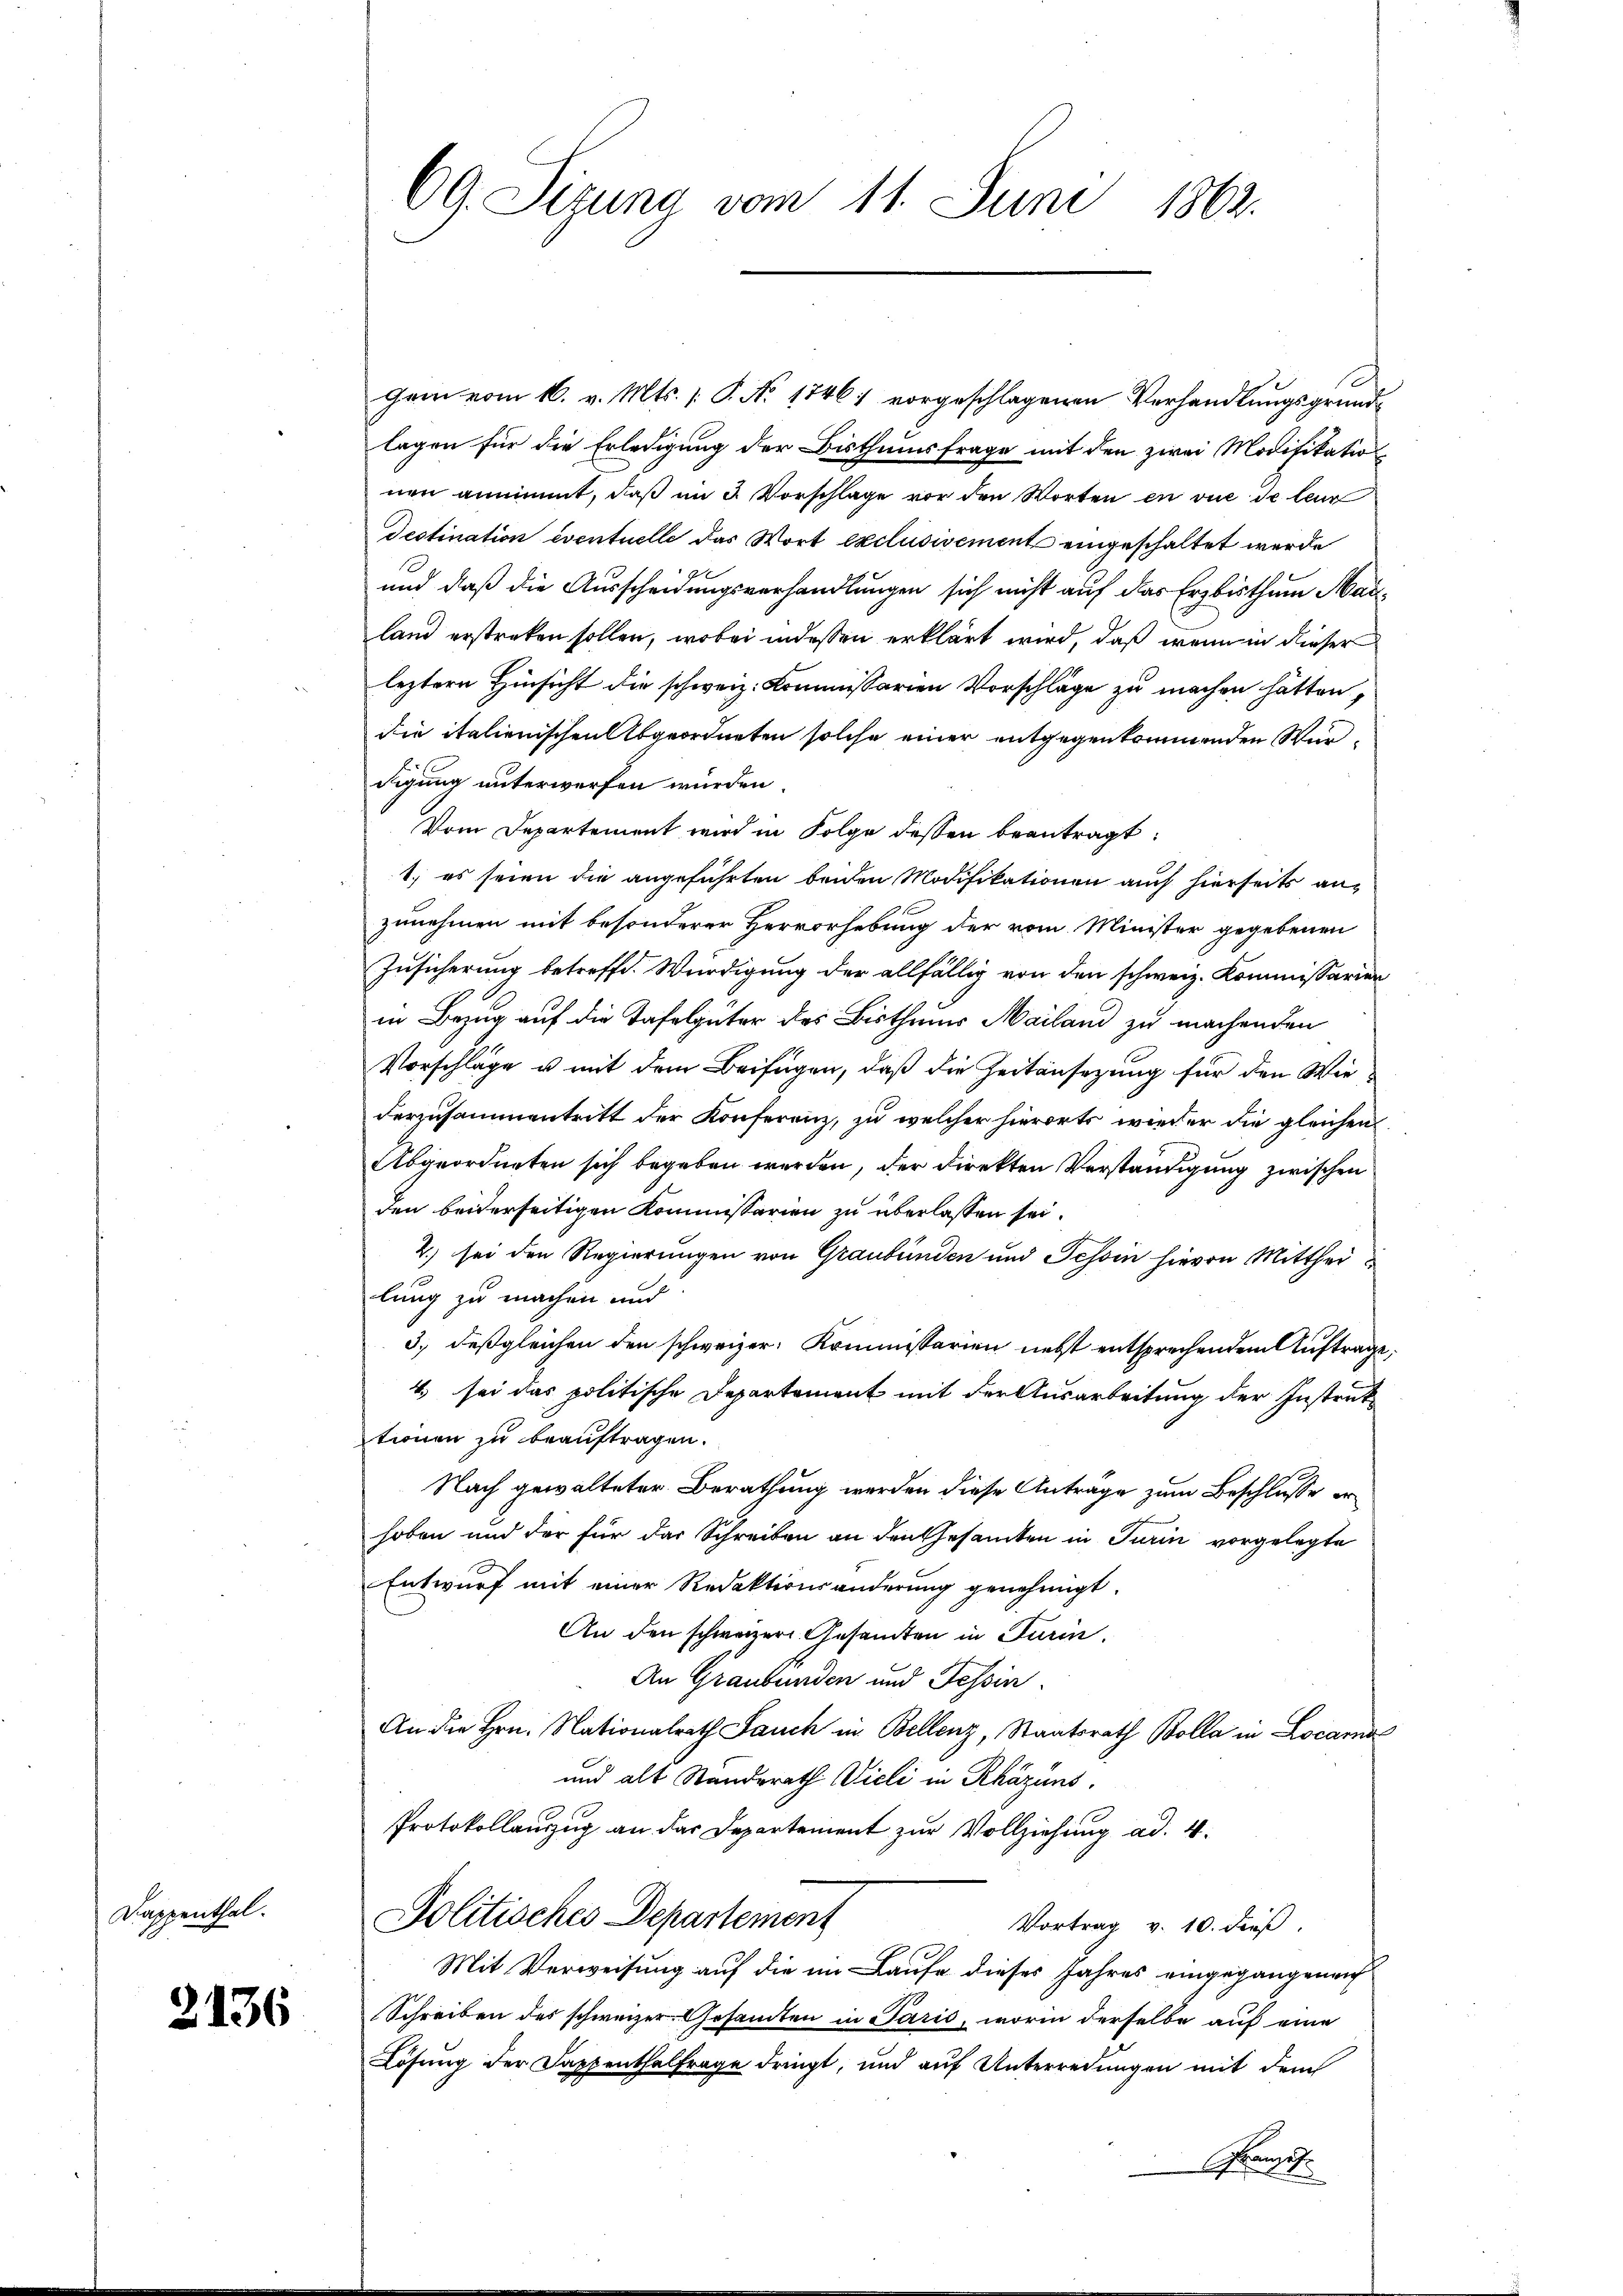
Dappenthal.

2136

69. Sizung vom 11. Juni 1862.

Gem vom 16. v. Mts. 1. P. Nr. 1746) vorgeschlagenen Verhandlungsgrundlagen für die Erledigung der Bisthumsfrage mit den zwei Modifikation
nen annimmt, daß im 3. Vorschlage vor den Worten en vue de leur
Destination eventuelle das Wort exclusivement eingeschaltet werde
und daß die Ausscheidungsverhandlungen sich nicht auf das Erzbisthum Marland erstreken sollen, wobei indessen erklärt wird, daß wenn in dieser
leztere Hinsicht die schweiz. Kommissarien Vorschläge zu machen hätten,
die italienischen Abgeordneten solche einer entgegenkommenden Würdigung unterworfen wurden
Vom Departement wird in Folge dessen beantragt:
1) es seien die angeführten beiden Modifikationen auch hierseits anzunehmen mit besonderer Hervorhebung der vom Minister gegebenen
Zusicherung betreffe. Würdigung der allfällig von den schweiz. Kommissarien
in Bezug auf die Tafelgüter des Bisthums Mailand zu machenden
Vorschläge u mit dem Beifügen, daß die Zeitansezung für den Wiederzusammentritt der Konferenz, zu welcher hierorts wieder die gleichen
Abgeordneten sich begeben werden, der Direkten Verständigung zwischen
den beiderseitigen Kommissarien zu überlassen sei.
2.) sei den Regierungen von Graubünden und Schon hievon Mittheilung zu machen und
3) deßgleichen den schweizer. Kommissarien nebst entsprechendem Auftrage
4. sei das politische Departement mit der Ausarbeitung der Instruktionen zu beauftragen.
Nach gewalteter Berathung werden diese Antrage zum Beschlusse erhoben und der für das Schreiben an den Gesamten in Turin vorgelegte
Entwurf mit einer Redaktionsänderung genehmigt.
An den schweizer Gesamten in Turin.
An Graubünden und Tessin.
An die Hrn. Nationalrath Jauch in Bellenz, Staatsrath Bolla in Locarna
und alt Standerath Vieli in Rházuns.
Protokollanzug an das Departement zur Vollziehung ad. 4.
Politisches Departement
Vortrag v. 10. dieß.
Mit Verweisung auf die im Laufe dieses Jahres eingegangenen
Schreiben des schweizer Gesamten in Paris, worin derselbe auf eine
Lösung der Dappenthalfrage dringt, und auf Unterredungen mit dem
Grenzel